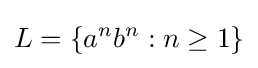
L=\{a^{n}b^{n}:n\geq 1\}